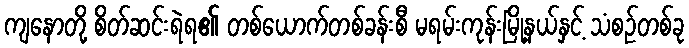
ကျနောတို့ စိတ်ဆင်းရဲရ၏ တစ်ယောက်တစ်ခန်းစီ မရမ်းကုန်းမြို့နယ်နှင့် သံစဉ်တစ်ခု